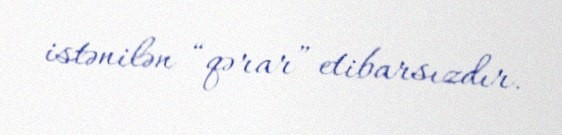
istənilən “qərar” etibarsızdır.